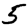
Digit: 5